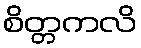
စိတ္တကလိ